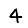
Digit: 4